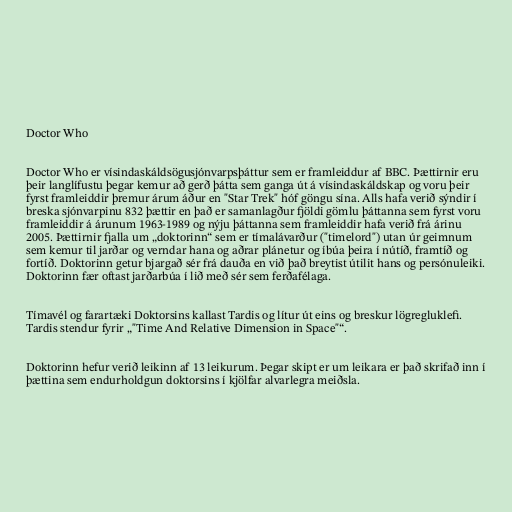
Doctor Who

Doctor Who er vísindaskáldsögusjónvarpsþáttur sem er framleiddur af BBC. Þættirnir eru
þeir langlífustu þegar kemur að gerð þátta sem ganga út á vísindaskáldskap og voru þeir
fyrst framleiddir þremur árum áður en "Star Trek" hóf göngu sína. Alls hafa verið sýndir í
breska sjónvarpinu 832 þættir en það er samanlagður fjöldi gömlu þáttanna sem fyrst voru
framleiddir á árunum 1963-1989 og nýju þáttanna sem framleiddir hafa verið frá árinu
2005. Þættirnir fjalla um „doktorinn“ sem er tímalávarður ("timelord") utan úr geimnum
sem kemur til jarðar og verndar hana og aðrar plánetur og íbúa þeira í nútíð, framtíð og
fortíð. Doktorinn getur bjargað sér frá dauða en við það breytist útilit hans og persónuleiki.
Doktorinn fær oftast jarðarbúa í lið með sér sem ferðafélaga.

Tímavél og farartæki Doktorsins kallast Tardis og lítur út eins og breskur lögregluklefi.
Tardis stendur fyrir „"Time And Relative Dimension in Space"“.

Doktorinn hefur verið leikinn af 13 leikurum. Þegar skipt er um leikara er það skrifað inn í
þættina sem endurholdgun doktorsins í kjölfar alvarlegra meiðsla.